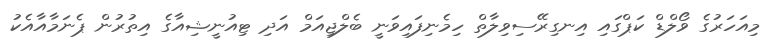
މިއަހަރުގެ ވޯލްޑް ކަޕްގައި އިނގިރޭސިވިލާތް ހިމެނިފައިވަނީ ބެލްޖިއަމް އަދި ޓިއުނީޝިއާގެ އިތުރުން ޕެނަމާއާއެކު